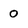
Character: 0